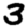
Digit: 3